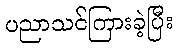
ပညာသင်ကြားခဲ့ပြီး